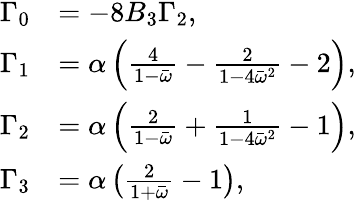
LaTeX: \begin{array}{rl}{\Gamma_{0}}&{=-8B_{3}\Gamma_{2},}\\ {\Gamma_{1}}&{=\alpha\left(\frac{4}{1-\bar{\omega}}-\frac{2}{1-4\bar{\omega}^{2}}-2\right),}\\ {\Gamma_{2}}&{=\alpha\left(\frac{2}{1-\bar{\omega}}+\frac{1}{1-4\bar{\omega}^{2}}-1\right),}\\ {\Gamma_{3}}&{=\alpha\left(\frac{2}{1+\bar{\omega}}-1\right),}\end{array}